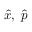
\hat { x } , \ \hat { p }